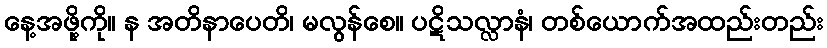
နေ့အဖို့ကို။ န အတိနာပေတိ၊ မလွန်စေ။ ပဋိသလ္လာနံ၊ တစ်ယောက်အထည်းတည်း